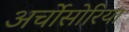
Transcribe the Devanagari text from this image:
अर्चोसोरिया